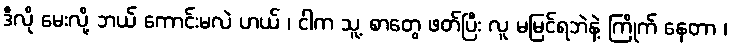
ဒီလို မေးလို့ ဘယ် ကောင်းမလဲ ဟယ် ၊ ငါက သူ့ စာတွေ ဖတ်ပြီး လူ မမြင်ရဘဲနဲ့ ကြိုက် နေတာ ၊